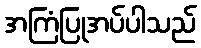
အကြံပြုအပ်ပါသည်